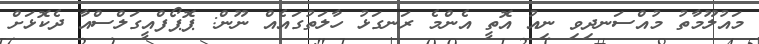
މައުލޫމާތު މުއްސަނދިވި ނިއު އޮތީ އެންމެ ރަނގަޅު ހާލަތުގައެއް ނޫން: ޕޮޕޯފްއީގަލްސްއާ ދެކޮޅަށް